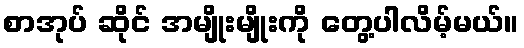
စာအုပ် ဆိုင် အမျိုးမျိုးကို တွေ့ပါလိမ့်မယ်။